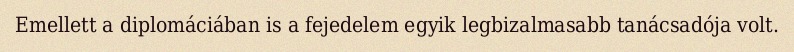
Emellett a diplomáciában is a fejedelem egyik legbizalmasabb tanácsadója volt.